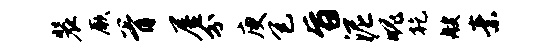
装厥胥屋分庾包旨泥魄乾艘素